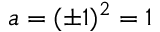
a = ( \pm 1 ) ^ { 2 } = 1